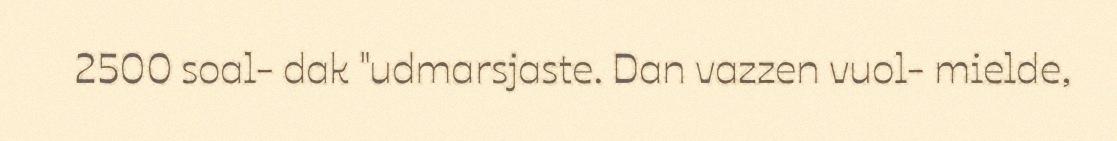
2500 soal- dak "udmarsjaste. Dan vazzen vuol- mielde,